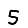
Digit: 5